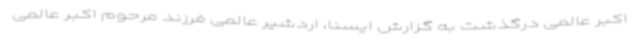
اکبر عالمی درگذشت به گزارش ایسنا، اردشیر عالمی فرزند مرحوم اکبر عالمی